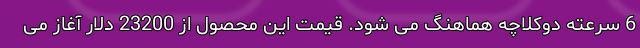
6 سرعته دوکلاچه هماهنگ می شود. قیمت این محصول از 23200 دلار آغاز می